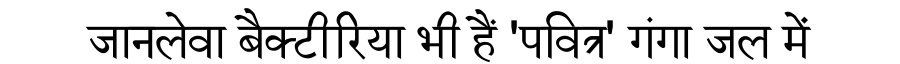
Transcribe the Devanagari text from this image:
जानलेवा बैक्टीरिया भी हैं 'पवित्र' गंगा जल में